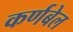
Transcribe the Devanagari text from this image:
कर्णबेल